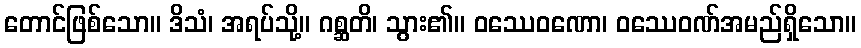
တောင်ဖြစ်သော။ ဒိသံ၊ အရပ်သို့။ ဂစ္ဆတိ၊ သွား၏။ ဝဿေဝဏော၊ ဝဿေဝဏ်အမည်ရှိသော။